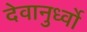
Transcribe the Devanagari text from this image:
देवानुर्ध्वो